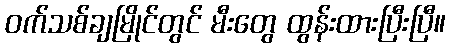
ဝက်သစ်ချမြိုင်တွင် မီးတွေ ထွန်းထားပြီးပြီ။